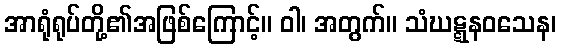
အာရုံရုပ်တို့၏အဖြစ်ကြောင့်။ ဝါ၊ အတွက်။ သံဃဋ္ဋနဝသေန၊